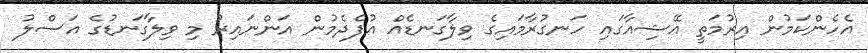
އެހެންކަމުން އިރުމަތީ އޭޝިއާގައި ހަނގުރާމައިގެ ވިލާގަނޑެއް އުފެދެމުން އަންނައިރު މި ވިލާގަނޑުގެ އަސްލު